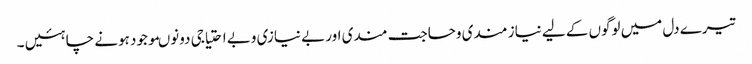
تیرے دل میں لوگوں کے لیے نیاز مندی وحاجت مندی اور بے نیازی وبے احتیاجی دونوںموجود ہونے چاہئیں ۔